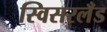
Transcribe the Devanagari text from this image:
स्विसरलँड